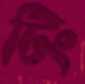
টিং